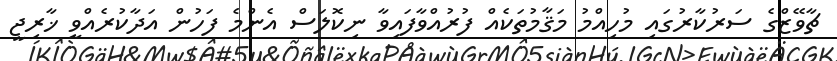
ޗާވޭޒްގެ ސަރުކާރުގައި މުހިއްމު މަޤާމުތަކެއް ފުރުއްވާފައިވާ ނިކޮލަސް އެންމެ ފަހުން އަދާކުރެއްވީ ޚާރިޖީ